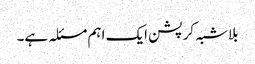
بلاشبہ کرپشن ایک اہم مسئلہ ہے۔